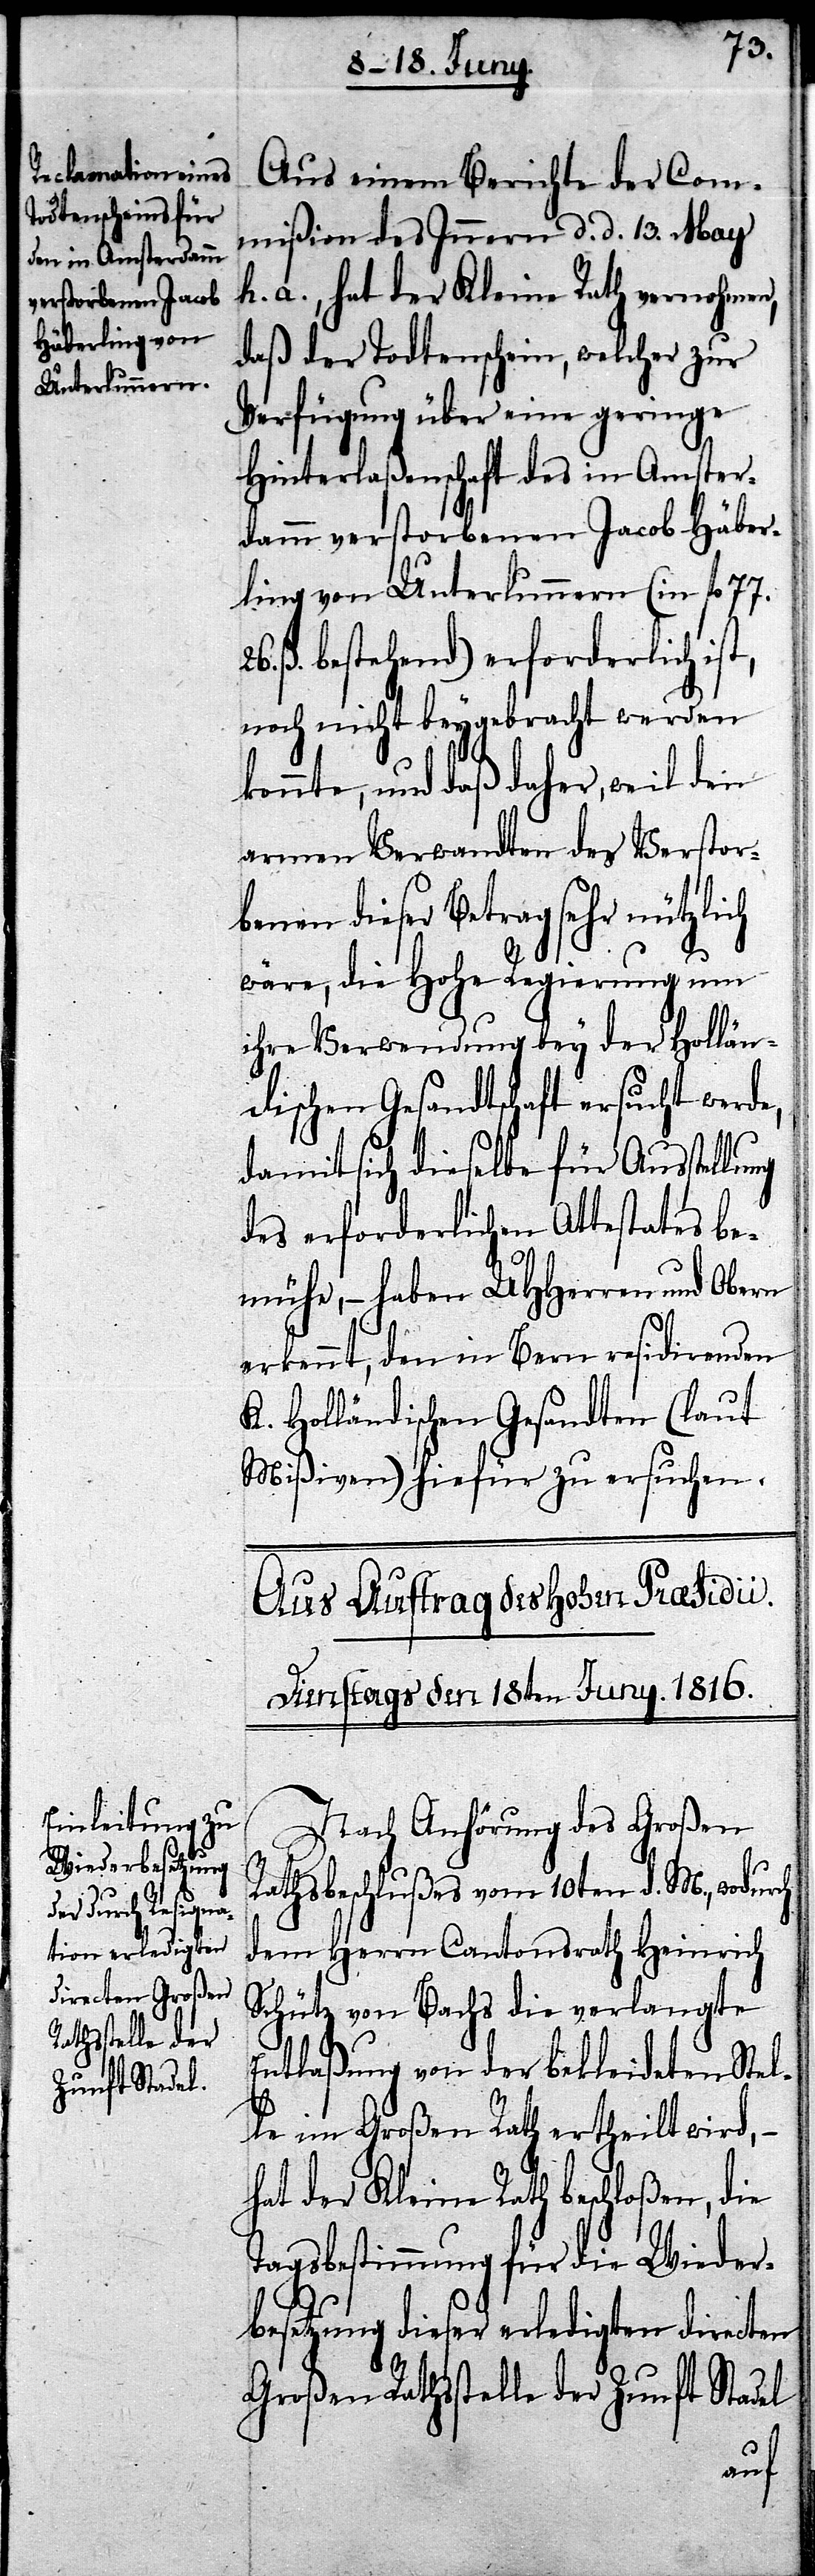
ch
Aus einem Berichte der Com¬
mißion des Innern d. d. 13. May
h. a., hat der Kleine Rath vernohmen,
daß der Todtenschein, welcher zur
Verfügung über eine geringe
Hinterlaßenschaft des in Amster¬
damm verstorbenen Jacob Häber¬
ling von Unterlunnern (in fl.
ß bestehend) erforderlich
noch nicht beygebracht werden
konnte, und daß daher, weil den
armen Verwandten des Verstor¬
benen dieser Betrag sehr nützli¬
wäre, die Hohe Regierung um
ihre Verwendung bey der Hollän¬
dischen Gesandtschaft ersucht werde,
damit sich dieselbe für Ausstellung
des erforderlichen Attestates be¬
mühe, – haben UHHerren und Obern
erkennt, den in Bern residirenden
K. Holländischen Gesandten (laut
Mißiven) hiefür zu ersuchen.
Aus Auftrag des Hohen Praesidii.
Dienstags den 18ten Juny 1816.
Nach Anhörung des Großen
Rathsbeschlußes vom 10ten d. M., wodurch
dem Herren Cantonsrath Heinrich
Schütz von Bachs die verlangte
Entlaßung von der bekleideten Stel¬
le im Großen Rath ertheilt wird, –
hat der Kleine Rath beschloßen, die
Tagsbestimmung für die Wieder¬
besetzung dieser erledigten directen
Großen Rathsstelle der Zunft Stadel